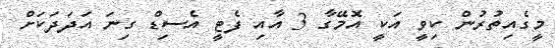
މީގެއިތުރުން ކިވީ އަކީ އޮމޭގާ 3 އާއި ފެޓީ އެސިޑް ގިނަ އަދަދަކަށް